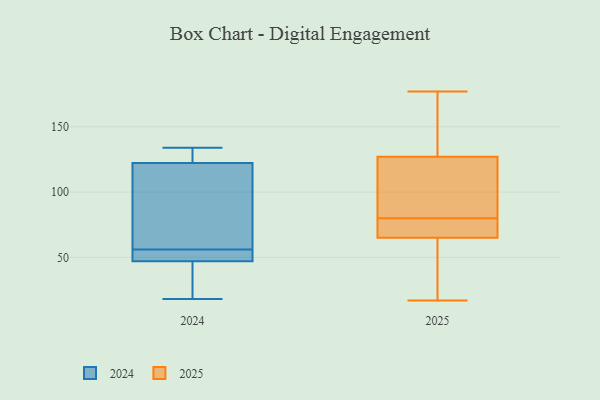
{"axis": {"x": "Backlog", "y": "Value"}, "legend": ["2024", "2025"], "data": [{"x": "", "y": 64, "type": "2024"}, {"x": "", "y": 134, "type": "2024"}, {"x": "", "y": 40, "type": "2024"}, {"x": "", "y": 127, "type": "2024"}, {"x": "", "y": 132, "type": "2024"}, {"x": "", "y": 46, "type": "2024"}, {"x": "", "y": 50, "type": "2024"}, {"x": "", "y": 108, "type": "2024"}, {"x": "", "y": 56, "type": "2024"}, {"x": "", "y": 50, "type": "2024"}, {"x": "", "y": 18, "type": "2024"}, {"x": "", "y": 66, "type": "2025"}, {"x": "", "y": 89, "type": "2025"}, {"x": "", "y": 144, "type": "2025"}, {"x": "", "y": 114, "type": "2025"}, {"x": "", "y": 70, "type": "2025"}, {"x": "", "y": 173, "type": "2025"}, {"x": "", "y": 110, "type": "2025"}, {"x": "", "y": 65, "type": "2025"}, {"x": "", "y": 90, "type": "2025"}, {"x": "", "y": 70, "type": "2025"}, {"x": "", "y": 55, "type": "2025"}, {"x": "", "y": 148, "type": "2025"}, {"x": "", "y": 17, "type": "2025"}, {"x": "", "y": 24, "type": "2025"}, {"x": "", "y": 177, "type": "2025"}, {"x": "", "y": 71, "type": "2025"}, {"x": "", "y": 63, "type": "2025"}, {"x": "", "y": 127, "type": "2025"}]}